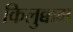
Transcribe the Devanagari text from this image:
किलुक्कम